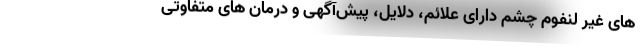
های غیر لنفوم چشم دارای علائم، دلایل، پیش‌آگهی و درمان های متفاوتی